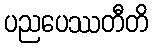
ပညပေဿတီတိ